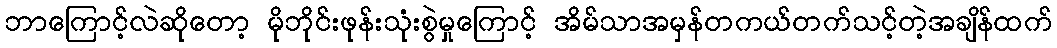
ဘာကြောင့်လဲဆိုတော့ မိုဘိုင်းဖုန်းသုံးစွဲမှုကြောင့် အိမ်သာအမှန်တကယ်တက်သင့်တဲ့အချိန်ထက်